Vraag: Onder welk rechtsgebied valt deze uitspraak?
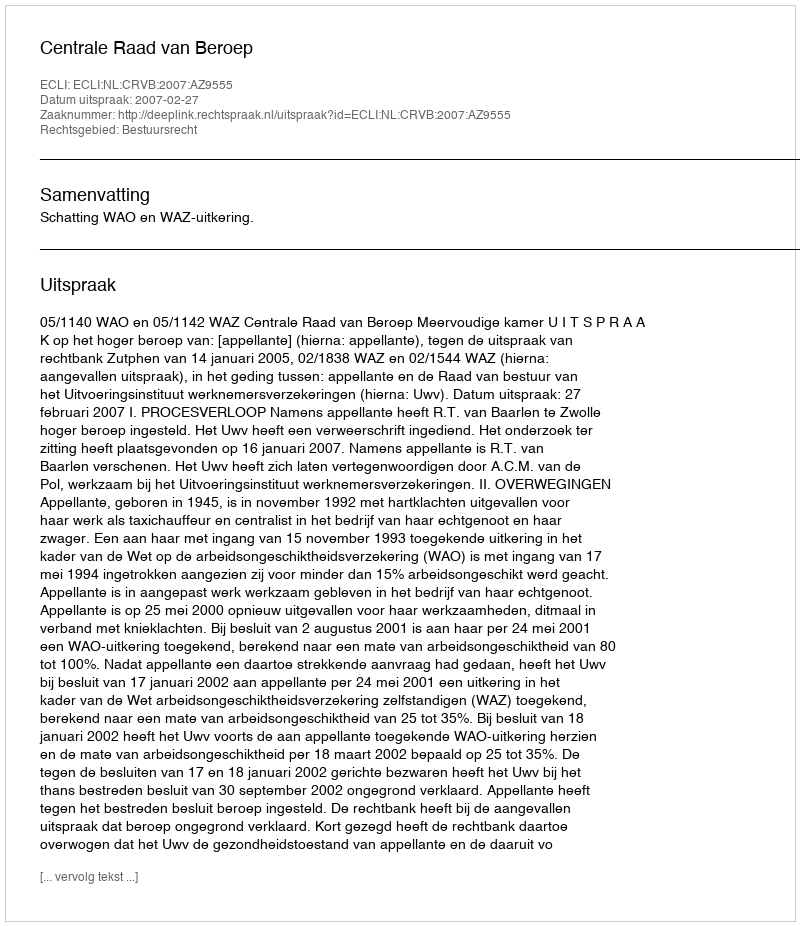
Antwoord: Bestuursrecht